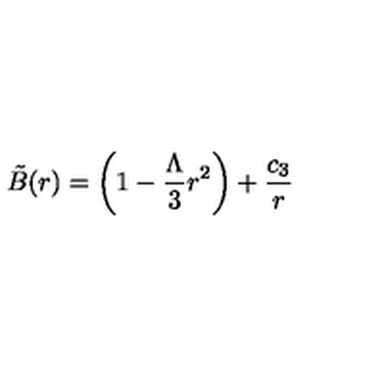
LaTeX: \tilde { B } ( r ) = \left( 1 - \frac { \Lambda } { 3 } r ^ { 2 } \right) + \frac { c _ { 3 } } { r }